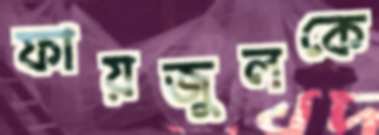
ফায়জুলকে